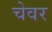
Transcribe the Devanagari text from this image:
चेवर